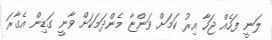
ލަނީ ފަހެއް ޖަހާ އިރު ކަމަށް ވަންޏާ މެންދަމަކަށް ވާނީ ގަޑިން އެގާރަ